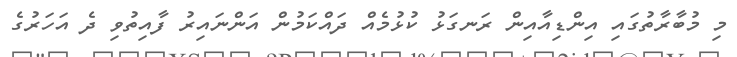
މި މުބާރާތުގައި އިންޑިއާއިން ރަނގަޅު ކުޅުމެއް ދައްކަމުން އަންނައިރު ފާއިތުވި ދެ އަހަރުގެ